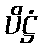
ပိဋ္ဌံ